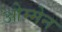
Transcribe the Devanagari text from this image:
ओम्मेन